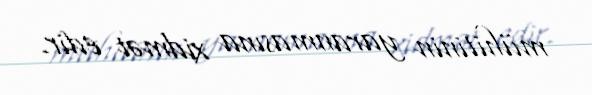
mühitinin yaranmasına xidmət edir.